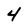
Character: 4